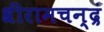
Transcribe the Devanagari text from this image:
श्रीरामचन्द्रं